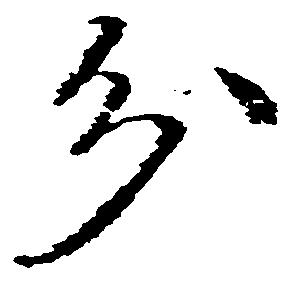
分